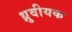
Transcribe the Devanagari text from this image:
ध्रुवीयक